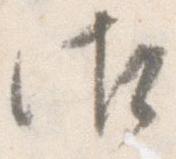
御